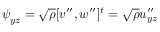
\boldsymbol { \psi } _ { y z } = \sqrt { \rho } [ v ^ { \prime \prime } , w ^ { \prime \prime } ] ^ { t } = \sqrt { \rho } \boldsymbol { u } _ { y z } ^ { \prime \prime }